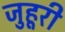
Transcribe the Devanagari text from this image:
जुहूरी